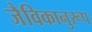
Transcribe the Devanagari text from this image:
जैविकानुरूप